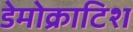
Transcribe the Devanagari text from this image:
डेमोक्राटिश